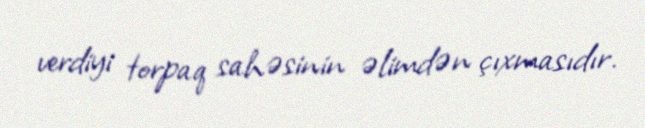
verdiyi torpaq sahəsinin əlimdən çıxmasıdır.